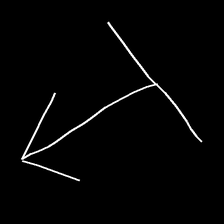
Glyph: levitation